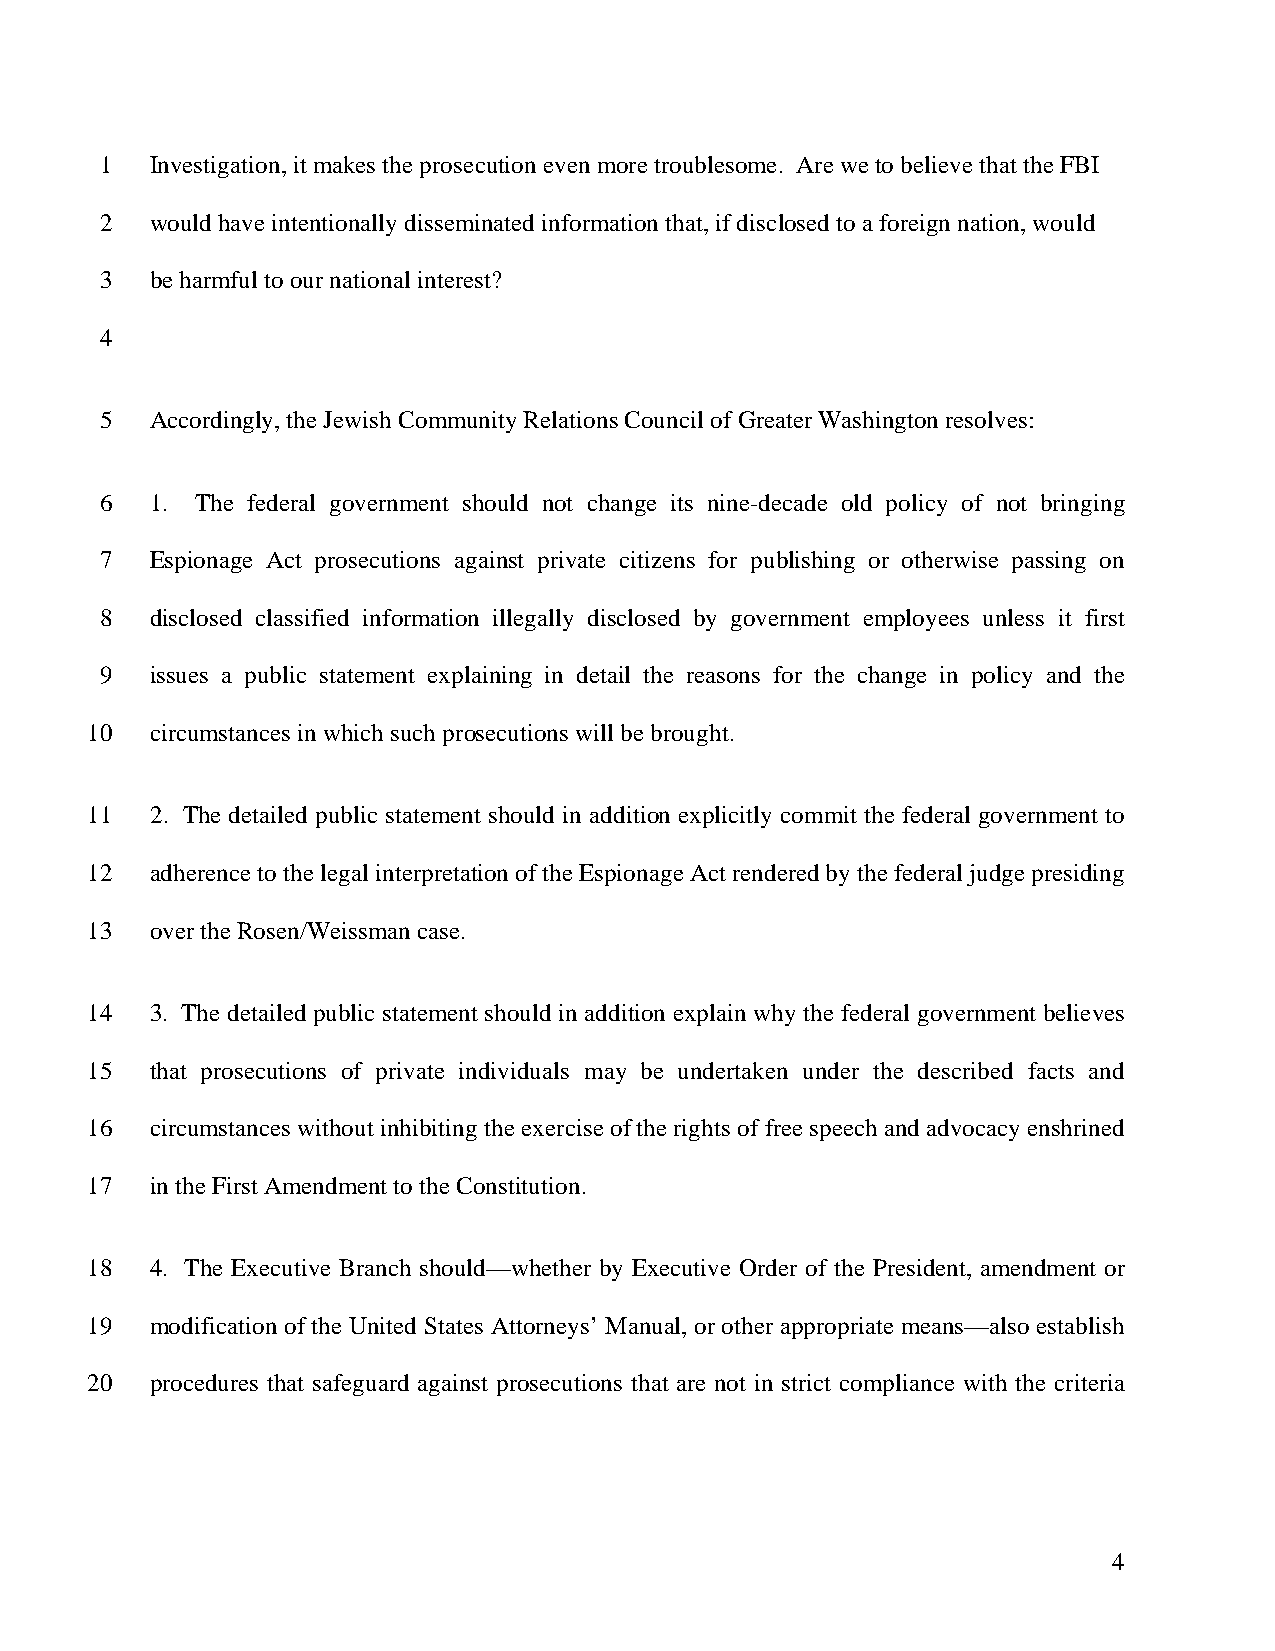
1  Investigation, it makes the prosecution even more troublesome. Are we to believe that the FBI
 2  would have intentionally disseminated information that, if disclosed to a foreign nation, would
 3  be harmful to our national interest?
 4
 5  Accordingly, the Jewish Community Relations Council of Greater Washington resolves:
 6  1. The federal government should not change its nine-decade old policy of not bringing
 7  Espionage Act prosecutions against private citizens for publishing or otherwise passing on
 8  disclosed classified information illegally disclosed by government employees unless it first
 9  issues a public statement explaining in detail the reasons for the change in policy and the
 10  circumstances in which such prosecutions will be brought.
 11  2. The detailed public statement should in addition explicitly commit the federal government to
 12  adherence to the legal interpretation of the Espionage Act rendered by the federal judge presiding
 13  over the Rosen/Weissman case.
 14  3. The detailed public statement should in addition explain why the federal government believes
 15  that prosecutions of private individuals may be undertaken under the described facts and
 16  circumstances without inhibiting the exercise of the rights of free speech and advocacy enshrined
 17  in the First Amendment to the Constitution.
 18  4. The Executive Branch should—whether by Executive Order of the President, amendment or
 19  modification of the United States Attorneys’ Manual, or other appropriate means—also establish
 20  procedures that safeguard against prosecutions that are not in strict compliance with the criteria
 4